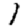
Digit: 1